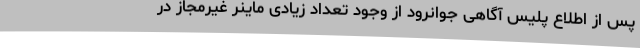
پس از اطلاع پلیس آگاهی جوانرود از وجود تعداد زیادی ماینر غیرمجاز در